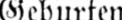
Geburten: